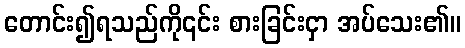
တောင်း၍ရသည်ကို၎င်း စားခြင်းငှာ အပ်သေး၏။